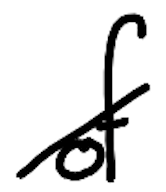
Text: of
Cross-out: diagonal
Writing tool: digital_black